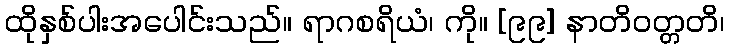
ထိုနှစ်ပါးအပေါင်းသည်။ ရာဂစရိယံ၊ ကို။ [၉၉] နာတိဝတ္တတိ၊